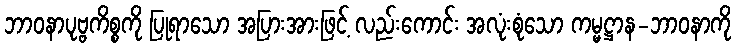
ဘာဝနာပုဗ္ဗကိစ္စကို ပြုရာသော အပြားအားဖြင့် လည်းကောင်း အလုံးစုံသော ကမ္မဋ္ဌာန-ဘာဝနာကို